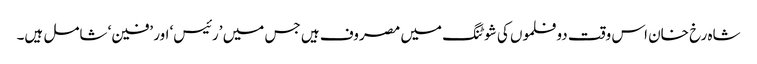
شاہ رخ خان اس وقت دو فلموں کی شوٹنگ میں مصروف ہیں جس میں ’رئیس‘ اور ’فین‘ شامل ہیں۔